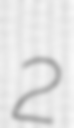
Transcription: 2